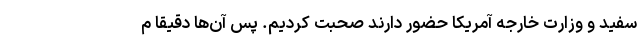
سفید و وزارت خارجه آمریکا حضور دارند صحبت کردیم. پس آن‌ها دقیقا م